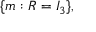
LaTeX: \{ m : R = I _ { 3 } \} ,